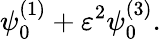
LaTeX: \psi_{0}^{(1)}+\varepsilon^{2}\psi_{0}^{(3)}.